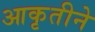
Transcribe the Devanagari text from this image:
आकृतीने